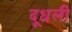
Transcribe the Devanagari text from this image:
दूधली